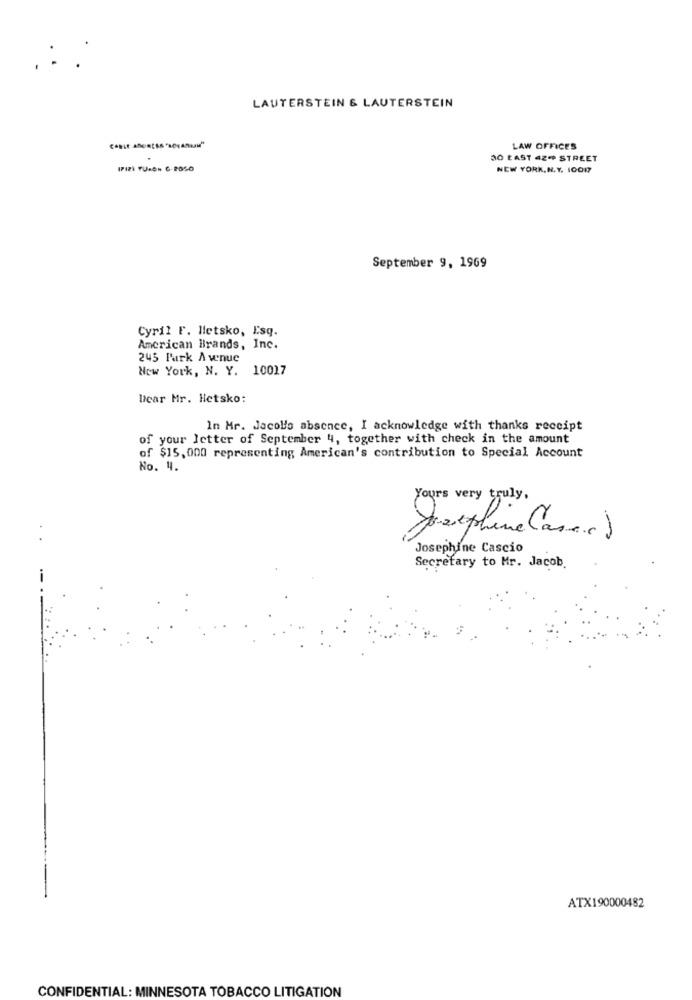
LAUTERSTEIN & LAUTERSTEIN
LAW OFFICES
30 EAST 42* STREET
NEW YORK,N.Y. 10017
September 9, 1969
Cyril F. Metsko, Esq.
American Brands, Inc.
245 Park Avenue
New York, N. Y. 10017
Dear Mr. Hetsko:
In Mr. Jacobs absence, I acknowledge with thanks receipt
of your letter of September 4, together with check in the amount
of $15,000 representing American's contribution to Special Account
No. 4.
Yours very truly ,
Josephine (asa.c )
Josephine Cascio
Secretary to Mr. Jacob.
ATX190000482
CONFIDENTIAL: MINNESOTA TOBACCO LITIGATION